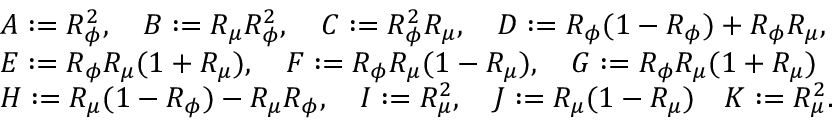
\begin{array} { r l } & { A : = R _ { \phi } ^ { 2 } , \quad B : = R _ { \mu } R _ { \phi } ^ { 2 } , \quad C : = R _ { \phi } ^ { 2 } R _ { \mu } , \quad D : = R _ { \phi } ( 1 - R _ { \phi } ) + R _ { \phi } R _ { \mu } , } \\ & { E : = R _ { \phi } R _ { \mu } ( 1 + R _ { \mu } ) , \quad F : = R _ { \phi } R _ { \mu } ( 1 - R _ { \mu } ) , \quad G : = R _ { \phi } R _ { \mu } ( 1 + R _ { \mu } ) } \\ & { H : = R _ { \mu } ( 1 - R _ { \phi } ) - R _ { \mu } R _ { \phi } , \quad I : = R _ { \mu } ^ { 2 } , \quad J : = R _ { \mu } ( 1 - R _ { \mu } ) \quad K : = R _ { \mu } ^ { 2 } . } \end{array}